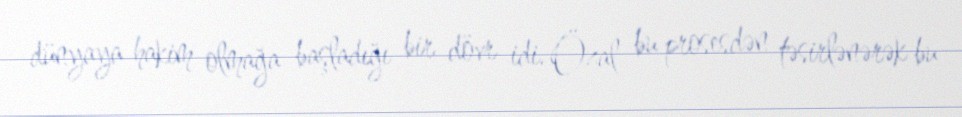
dünyaya hakim olmağa başladığı bir dövr idi. Özal bu prosesdən təsirlənərək bu